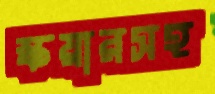
স্কয়ারসহ